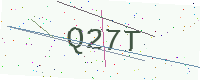
Text: Q27T